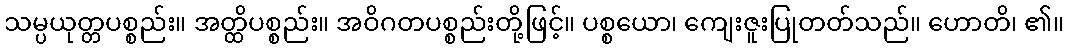
သမ္ပယုတ္တပစ္စည်း။ အတ္ထိပစ္စည်း။ အဝိဂတပစ္စည်းတို့ဖြင့်။ ပစ္စယော၊ ကျေးဇူးပြုတတ်သည်။ ဟောတိ၊ ၏။